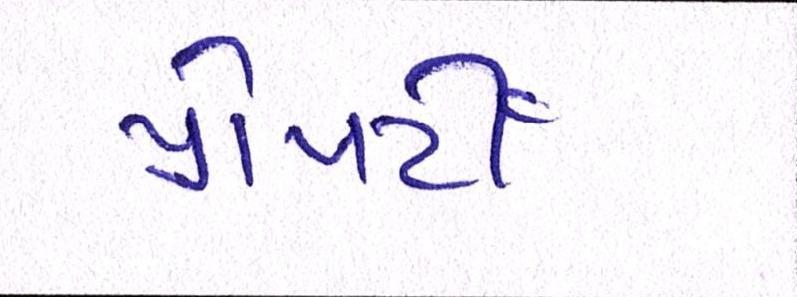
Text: પ્રોપર્ટી